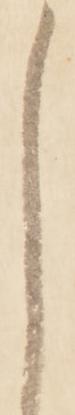
し